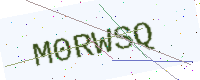
Text: M0RWSQ